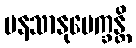
မနသာနုပေက္ခန္တိ